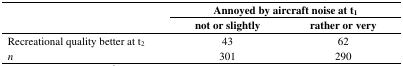
<table><thead><tr><td rowspan="2"></td><td colspan="2"><b>Annoyed by aircraft noise at t<sub>1</sub></b></td></tr><tr><td><b>not or slightly</b></td><td><b>rather or very</b></td></tr></thead><tbody><tr><td>Recreational quality better at t<sub>2</sub></td><td>43</td><td>62</td></tr><tr><td><i>n</i></td><td>301</td><td>290</td></tr></tbody></table>